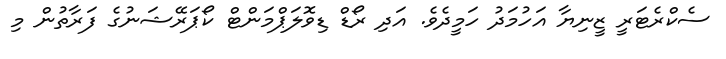
ސެކްރެޓަރީ ޒީނިޔާ އަހުމަދު ހަމީދެވެ. އަދި ރޯޑް ޑިވޮލަޕްމަންޓް ކޯޕަރޭޝަނުގެ ފަރާތުން މި